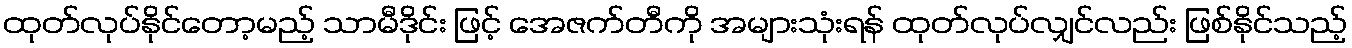
ထုတ်လုပ်နိုင်တော့မည့် သာမီဒိုင်း ဖြင့် အေဇက်တီကို အများသုံးရန် ထုတ်လုပ်လျှင်လည်း ဖြစ်နိုင်သည့်